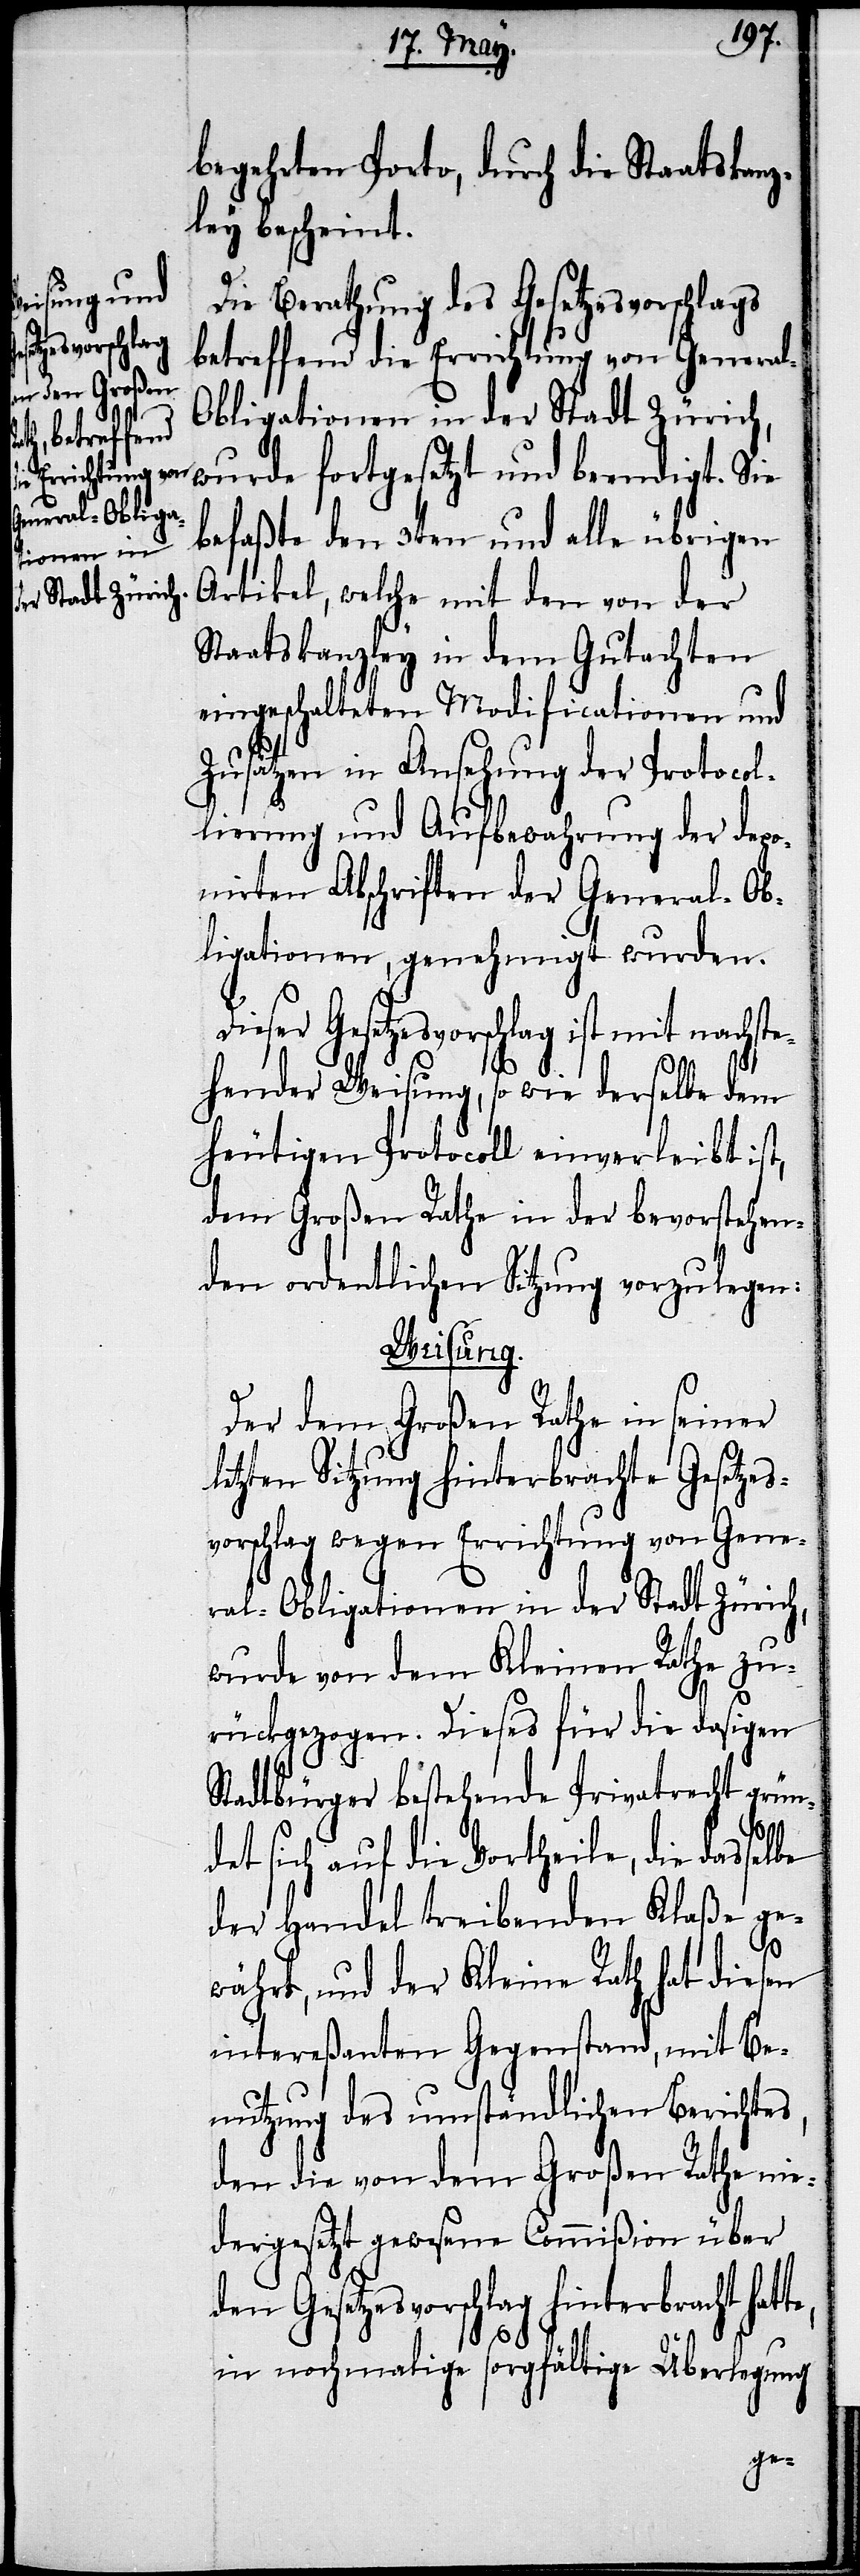
begehrten Porto, durch die Staatskanz¬
ley bescheint.
Die Berathung des Gesetzesvorschlags
betreffend die Errichtung von Genera¬
bligationen in der Stadt Zürich,
wurde fortgesetzt und beendigt. Sie
befaßte den 3ten und alle übrigen
Artikel, welche mit den von der
Staatskanzley in dem Gutachten
eingeschalteten Modificationen und
Zusätzen in Ansehung der Protocol¬
lierung und Aufbewahrung der depo¬
nirten Abschriften der General-Ob¬
ligationen, genehmigt wurden.
Gesetzesvorschlag ist mit nachste¬
hender Weisung, so wie derselbe dem
heutigen Protocoll einverleibt ist,
dem Großen Rathe in der bevorstehen¬
den ordentlichen Sitzung vorzulegen:
Weisung.
te,
Der dem Großen Rathe in seiner
letzten Sitzung hinterbrachte Gesetzes¬
vorschlag wegen Errichtung von Gene¬
ral-Obligationen in der Stadt Zürich,
wurde von dem Kleinen Rathe zu¬
rückgezogen. Dieses für die dasigen
Stadtbürger bestehende Privatrecht grün¬
l-O¬
det sich auf die Vortheile, die dasselbe
der Handel treibenden Klaße ge¬
währt, und der Kleine Rath hat diesen
intereßanten Gegenstand, mit Be¬
nutzung des umständlichen Berichtes,
den die von dem Großen Rathe nie¬
dergesetzt gewesene Commißion über
den Gesetzesvorschlag hinterbracht hat¬
in nochmalige sorgfältige Überlegung